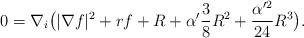
\begin{align*}0=\nabla_i\big(|\nabla f|^2+rf+R+\alpha'\frac{3}{8}R^2+\frac{\alpha'^2}{24}R^3\big).\end{align*}